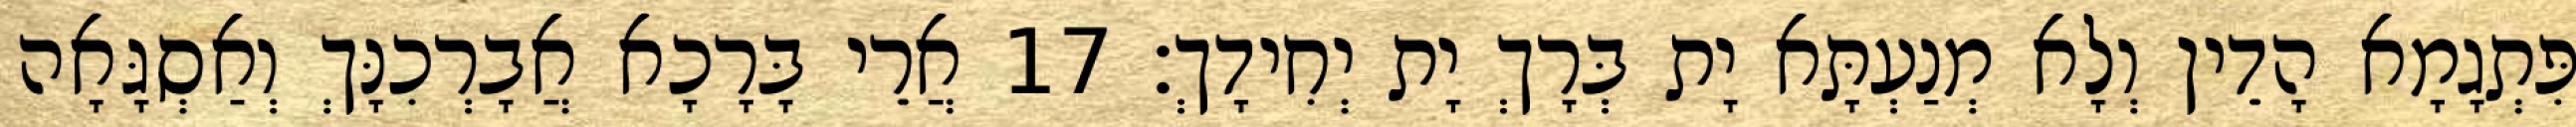
פִּתְגָמָא הָדֵין וְלָא מְנַעְתָּא יָת בְּרָךְ יָת יְחִידָךְ׃ 17 אֲרֵי בָּרָכָא אֲבָרְכִנָּךְ וְאַסְגָּאָה